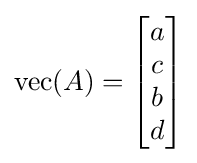
\operatorname {vec} (A)={\begin{bmatrix}a\\c\\b\\d\end{bmatrix}}